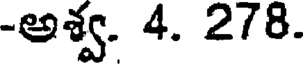
-అశ్వ. 4. 278.